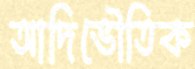
আদিভৌতিক